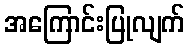
အကြောင်းပြုလျက်